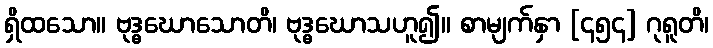
ရှိထသော။ ဗုဒ္ဓဃောသောတိ၊ ဗုဒ္ဓဃောသဟူ၍။ စာမျက်နှာ [၄၅၄] ဂုရူတိ၊